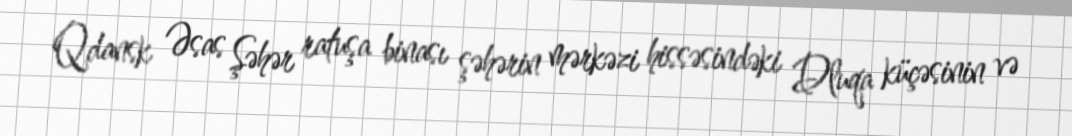
Qdansk Əsas Şəhər ratuşa binası şəhərin mərkəzi hissəsindəki Dluqa küçəsinin və